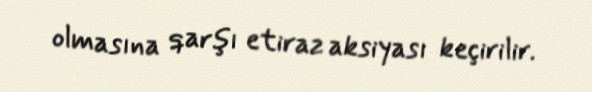
olmasına qarşı etiraz aksiyası keçirilir.